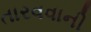
તારવવાની